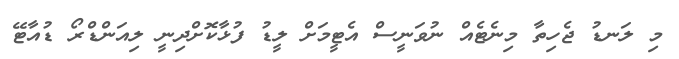
މި ލަނޑު ޖެހިތާ މިނެޓެއް ނުވަނީސް އެޓީމަށް ލީޑު ފުޅާކޮށްދިނީ ލިއަންޑްރޯ ޑުއާޓޭ